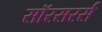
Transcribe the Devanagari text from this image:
सॉरसरर्स